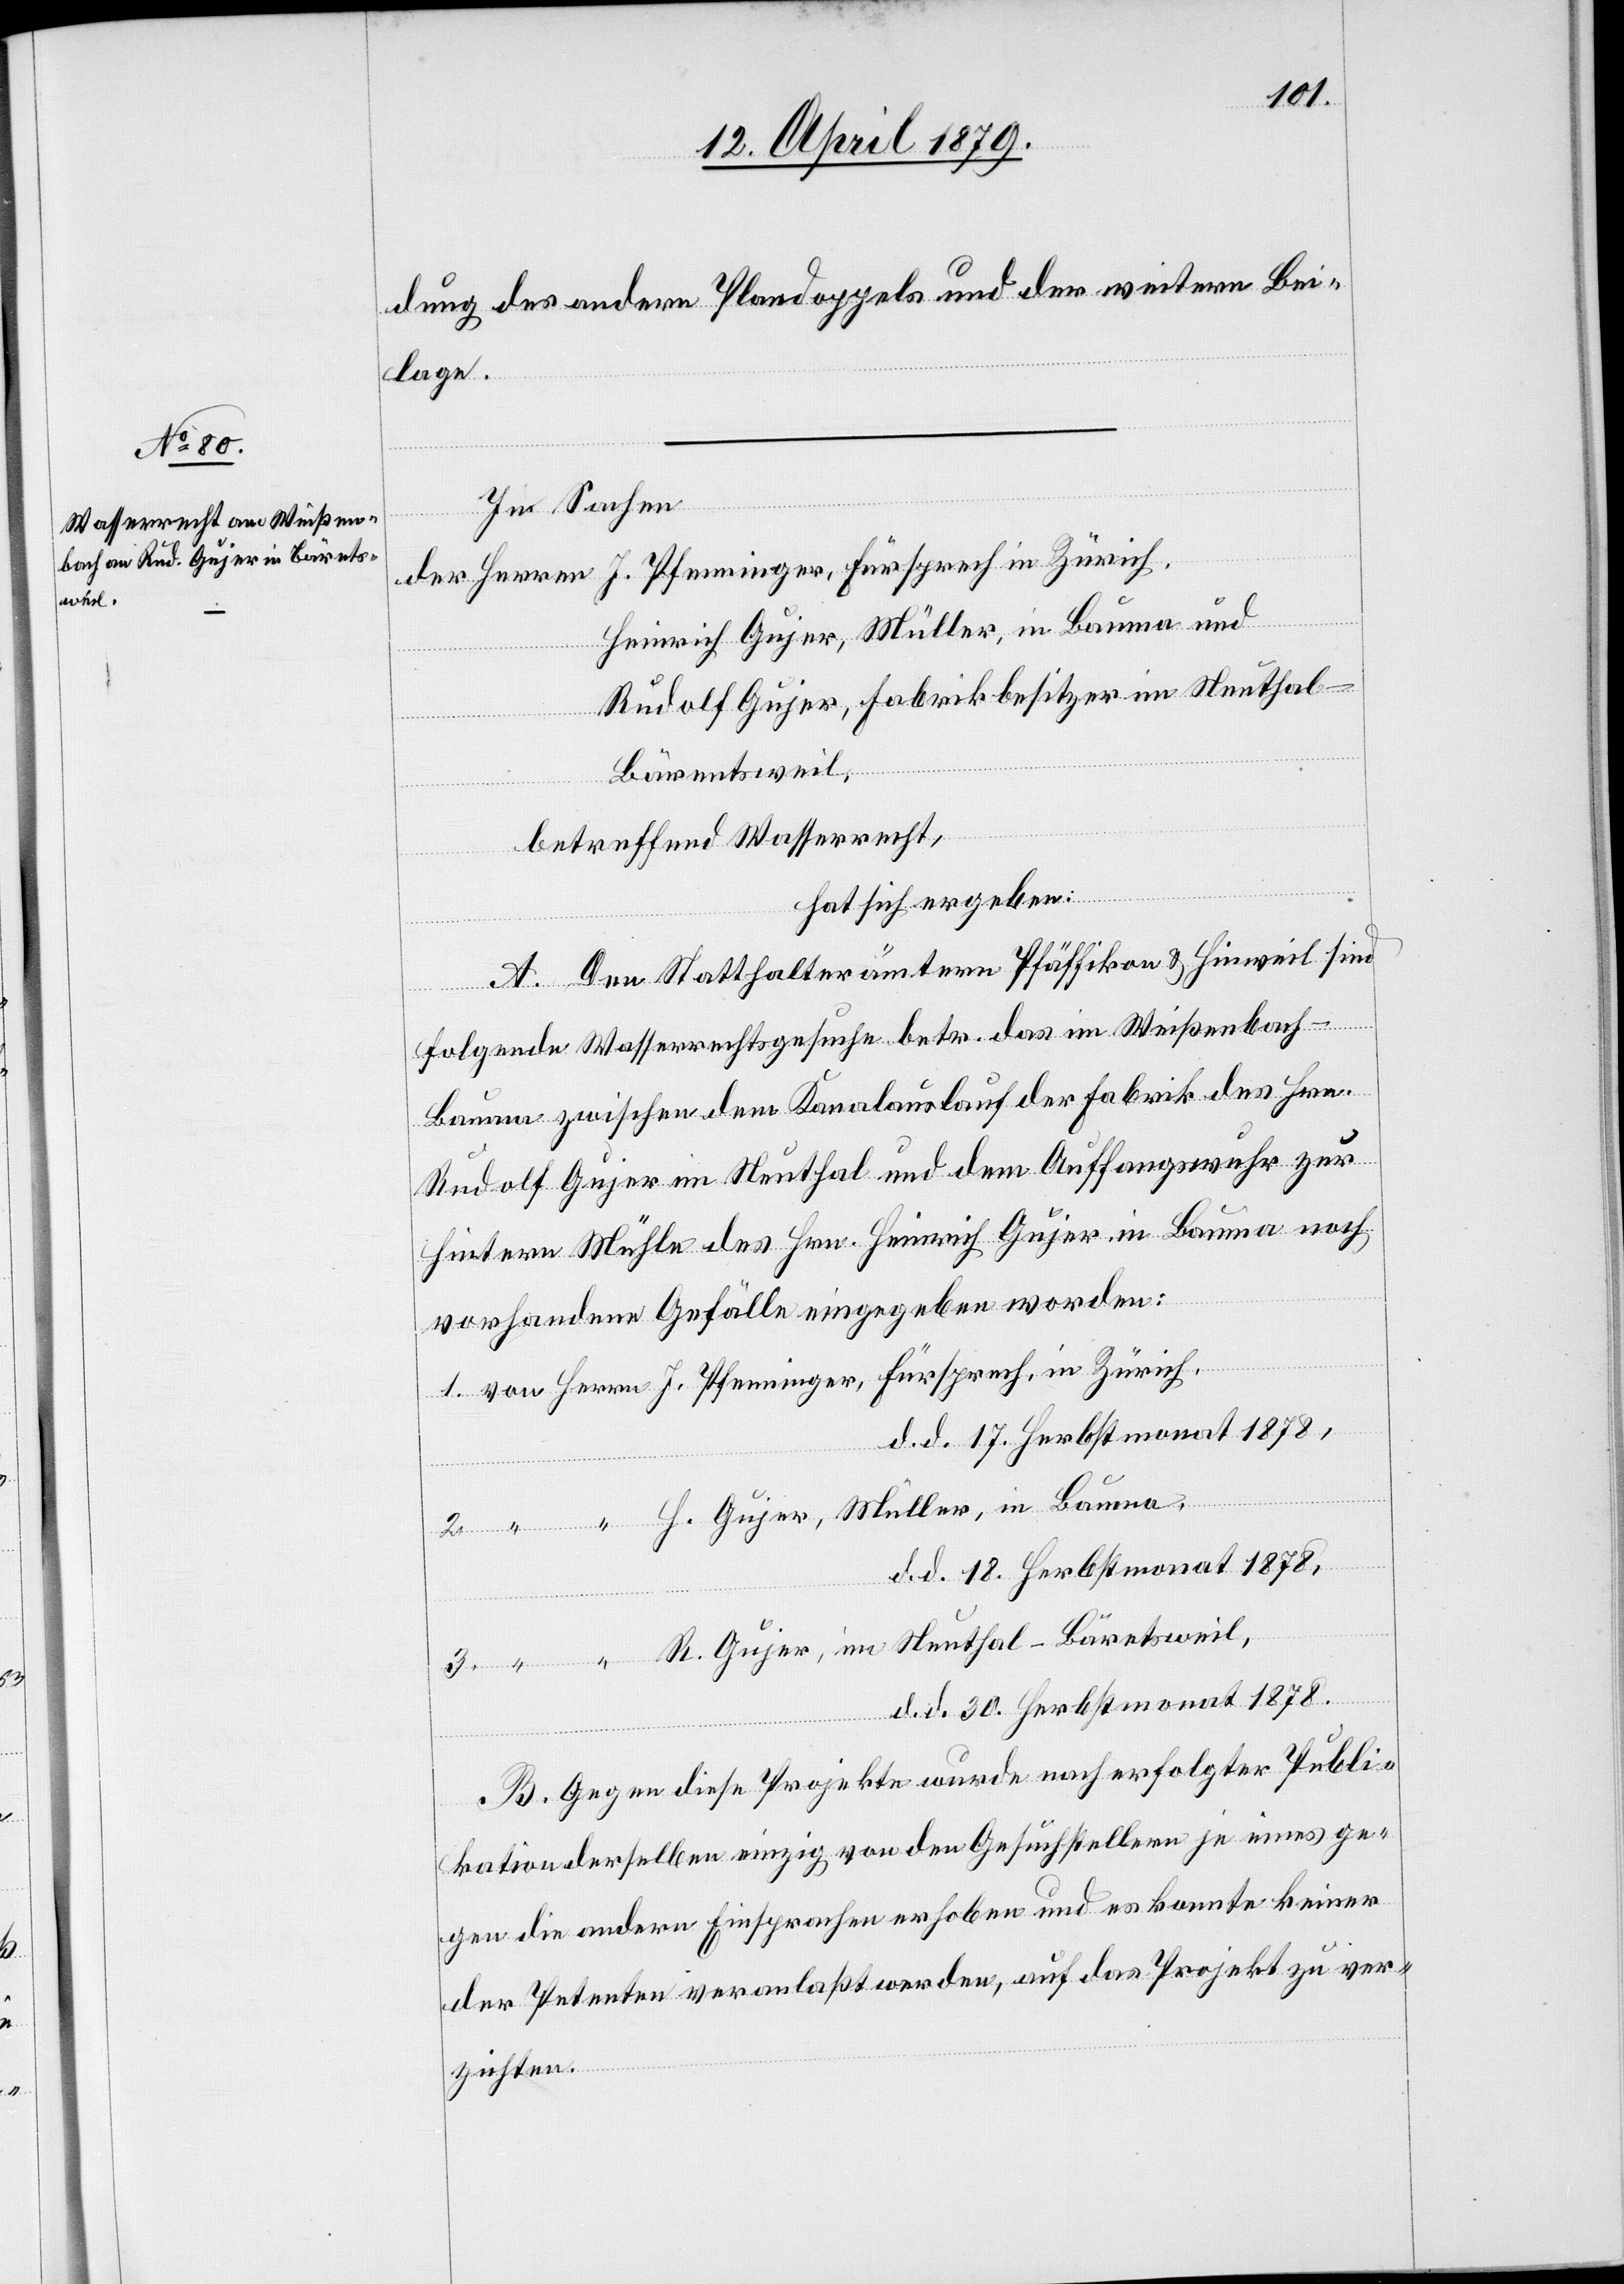
3.

R.

dung des andern Plandoppels und der weitern Bei¬
lage.
In Sachen
Herrn
J. Pfenninger, Fürsprech, in Zürich,
der Herren
Heinrich Gujer, Müller, in Bauma und
Rudolf Gujer, Fabrikbesitzer im Neuthal
Bäretsweil,
betreffend Wasserrecht,
hat sich ergeben:
A. Den Statthalterämtern Pfäffikon & Hinweil sind
im
folgende Wasserrechtsgesuche betr. das im Weißenbach
Bauma zwischen dem Kanalauslauf der Fabrik des Hrn.
Rudolf Gujer im Neuthal und dem Auffangswuhr zur
hintern Mühle des Hrn. Heinrich Gujer, in Bauma noch
vorhandene Gefälle eingegeben worden:
d. d. 17. Herbstmonat 1878,
“
H. Gujer, Müller, in Bauma,
d. d. 18. Herbstmonat 1878,
d. d. 30. Herbstmonat 1878.
B. Gegen diese Projekte wurde nach erfolgter Publi¬
kation derselben einzig von den Gesuchstellern je eines ge¬
gen die andern Einsprachen erhoben und es konnte keiner
der Petenten veranlaßt werden, auf das Projekt zu ver¬
zichten.